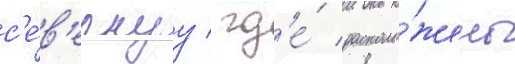
с'е́в'ернуу / гд'е́ располо́жены